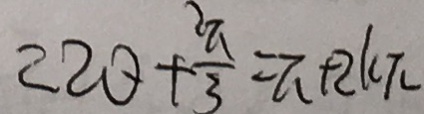
2 2 \theta + \frac { 2 \pi } { 3 } = \pi + 2 k \pi